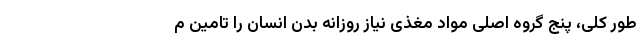
طور کلی، پنج گروه اصلی مواد مغذی نیاز روزانه بدن انسان را تامین م